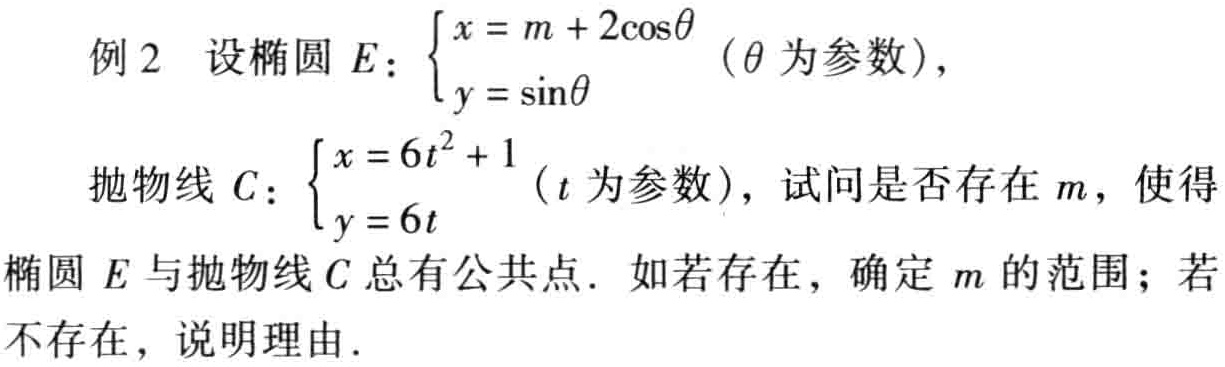
例2 设椭圆\(E\)：\(\begin{cases}x = m + 2\cos\theta\\y = \sin\theta\end{cases}\)（\(\theta\)为参数），
抛物线\(C\)：\(\begin{cases}x = 6t^{2}+1\\y = 6t\end{cases}\)（\(t\)为参数），试问是否存在\(m\)，使得椭圆\(E\)与抛物线\(C\)总有公共点. 如若存在，确定\(m\)的范围；若不存在，说明理由.